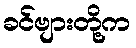
ခင်ဗျားတို့က